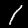
Label: 1